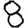
Digit: 8